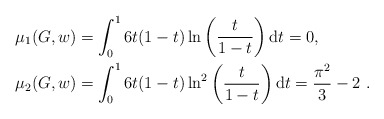
\begin{align*}\mu_1(G,w)&=\int_0^1 6t(1-t)\ln\left(\frac{t}{1-t}\right)\mathrm{d}t=0,\\\mu_2(G,w)&=\int_0^1 6t(1-t)\ln^2\left(\frac{t}{1-t}\right)\mathrm{d}t=\frac{\pi^2}{3}-2\ .\end{align*}